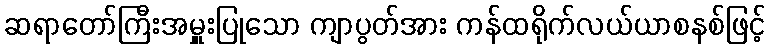
ဆရာတော်ကြီးအမှူးပြုသော ကျာပွတ်အား ကန်ထရိုက်လယ်ယာစနစ်ဖြင့်